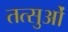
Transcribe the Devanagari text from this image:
तत्सुओं